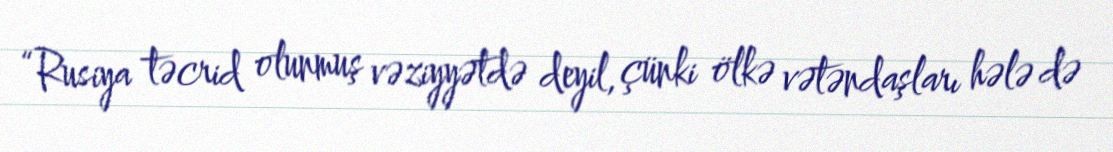
“Rusiya təcrid olunmuş vəziyyətdə deyil, çünki ölkə vətəndaşları hələ də